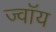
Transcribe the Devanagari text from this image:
ज्वॉय